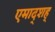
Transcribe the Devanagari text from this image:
एमाद्शह्